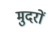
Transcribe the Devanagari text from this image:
मुदरों